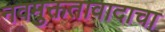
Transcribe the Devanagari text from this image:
नवमुक्ततावादाचा